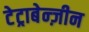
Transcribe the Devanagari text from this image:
टेट्राबेन्ज़ीन